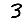
Digit: 3